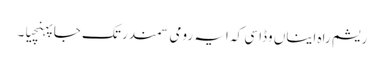
ریشم راہ ایناں وڈا سی کہ ایہ رومی سمندر تک جا پہنچیا۔